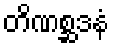
တိဏစ္ဆဒနံ